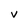
Character: V